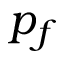
p _ { f }